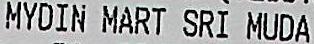
MYDIN MART SRI MUDA